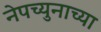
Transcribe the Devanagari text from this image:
नेपच्युनाच्या